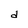
Character: d